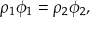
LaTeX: \rho _ { 1 } \phi _ { 1 } = \rho _ { 2 } \phi _ { 2 } ,